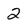
Character: 2